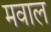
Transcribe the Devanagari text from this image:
मवाल